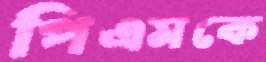
পিএমকে